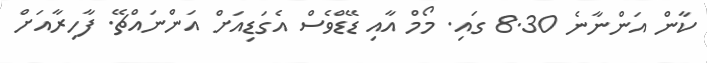
ކާން އަންނާނެ 8.30 ގައި. މޯމް އާއި ޑޭޑްވެސް އެގަޑިއަށް އަންނައްޗޭ. ފާހިރާއަށް